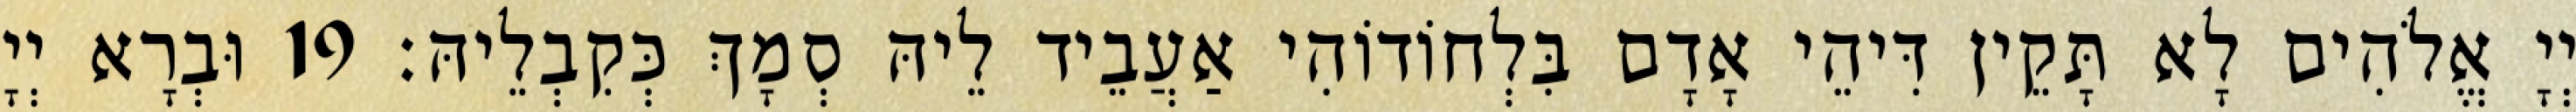
יְיָ אֱלֹהִים לָא תָּקֵין דִּיהֵי אָדָם בִּלְחוֹדוֹהִי אַעֲבֵיד לֵיהּ סְמָךְ כְּקִבְלֵיהּ׃ 19 וּבְרָא יְיָ